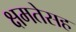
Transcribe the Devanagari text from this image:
क्षमतेसह